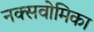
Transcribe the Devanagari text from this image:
नक्सवोमिका